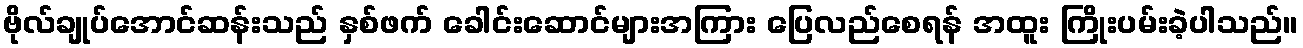
ဗိုလ်ချုပ်အောင်ဆန်းသည် နှစ်ဖက် ခေါင်းဆောင်များအကြား ပြေလည်စေရန် အထူး ကြိုးပမ်းခဲ့ပါသည်။